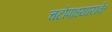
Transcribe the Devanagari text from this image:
चटोपाध्यायके